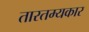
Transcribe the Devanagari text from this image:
तारतम्यकार